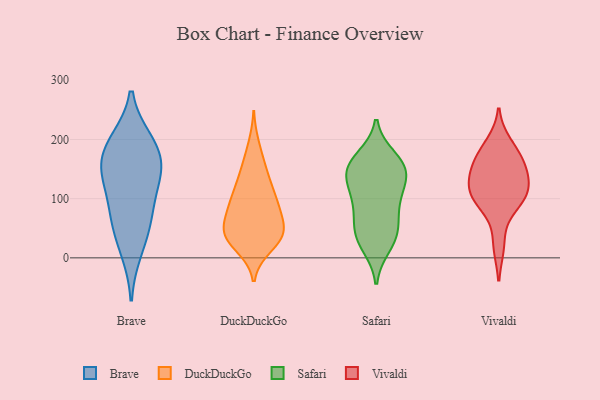
{"axis": {"x": "Energy Usage (MWh)", "y": "Value"}, "legend": ["Brave", "DuckDuckGo", "Safari", "Vivaldi"], "data": [{"x": "", "y": 97, "type": "Brave"}, {"x": "", "y": 63, "type": "Brave"}, {"x": "", "y": 142, "type": "Brave"}, {"x": "", "y": 12, "type": "Brave"}, {"x": "", "y": 59, "type": "Brave"}, {"x": "", "y": 152, "type": "Brave"}, {"x": "", "y": 196, "type": "Brave"}, {"x": "", "y": 139, "type": "Brave"}, {"x": "", "y": 197, "type": "Brave"}, {"x": "", "y": 173, "type": "Brave"}, {"x": "", "y": 26, "type": "DuckDuckGo"}, {"x": "", "y": 104, "type": "DuckDuckGo"}, {"x": "", "y": 190, "type": "DuckDuckGo"}, {"x": "", "y": 82, "type": "DuckDuckGo"}, {"x": "", "y": 49, "type": "DuckDuckGo"}, {"x": "", "y": 41, "type": "DuckDuckGo"}, {"x": "", "y": 37, "type": "DuckDuckGo"}, {"x": "", "y": 159, "type": "DuckDuckGo"}, {"x": "", "y": 51, "type": "DuckDuckGo"}, {"x": "", "y": 54, "type": "DuckDuckGo"}, {"x": "", "y": 108, "type": "DuckDuckGo"}, {"x": "", "y": 83, "type": "DuckDuckGo"}, {"x": "", "y": 138, "type": "DuckDuckGo"}, {"x": "", "y": 19, "type": "DuckDuckGo"}, {"x": "", "y": 100, "type": "DuckDuckGo"}, {"x": "", "y": 140, "type": "DuckDuckGo"}, {"x": "", "y": 35, "type": "DuckDuckGo"}, {"x": "", "y": 34, "type": "DuckDuckGo"}, {"x": "", "y": 84, "type": "DuckDuckGo"}, {"x": "", "y": 151, "type": "Safari"}, {"x": "", "y": 46, "type": "Safari"}, {"x": "", "y": 20, "type": "Safari"}, {"x": "", "y": 100, "type": "Safari"}, {"x": "", "y": 62, "type": "Safari"}, {"x": "", "y": 150, "type": "Safari"}, {"x": "", "y": 41, "type": "Safari"}, {"x": "", "y": 161, "type": "Safari"}, {"x": "", "y": 143, "type": "Safari"}, {"x": "", "y": 169, "type": "Safari"}, {"x": "", "y": 148, "type": "Safari"}, {"x": "", "y": 124, "type": "Safari"}, {"x": "", "y": 30, "type": "Safari"}, {"x": "", "y": 106, "type": "Safari"}, {"x": "", "y": 86, "type": "Safari"}, {"x": "", "y": 193, "type": "Vivaldi"}, {"x": "", "y": 89, "type": "Vivaldi"}, {"x": "", "y": 107, "type": "Vivaldi"}, {"x": "", "y": 21, "type": "Vivaldi"}, {"x": "", "y": 153, "type": "Vivaldi"}, {"x": "", "y": 98, "type": "Vivaldi"}, {"x": "", "y": 126, "type": "Vivaldi"}, {"x": "", "y": 112, "type": "Vivaldi"}, {"x": "", "y": 173, "type": "Vivaldi"}, {"x": "", "y": 137, "type": "Vivaldi"}, {"x": "", "y": 164, "type": "Vivaldi"}]}